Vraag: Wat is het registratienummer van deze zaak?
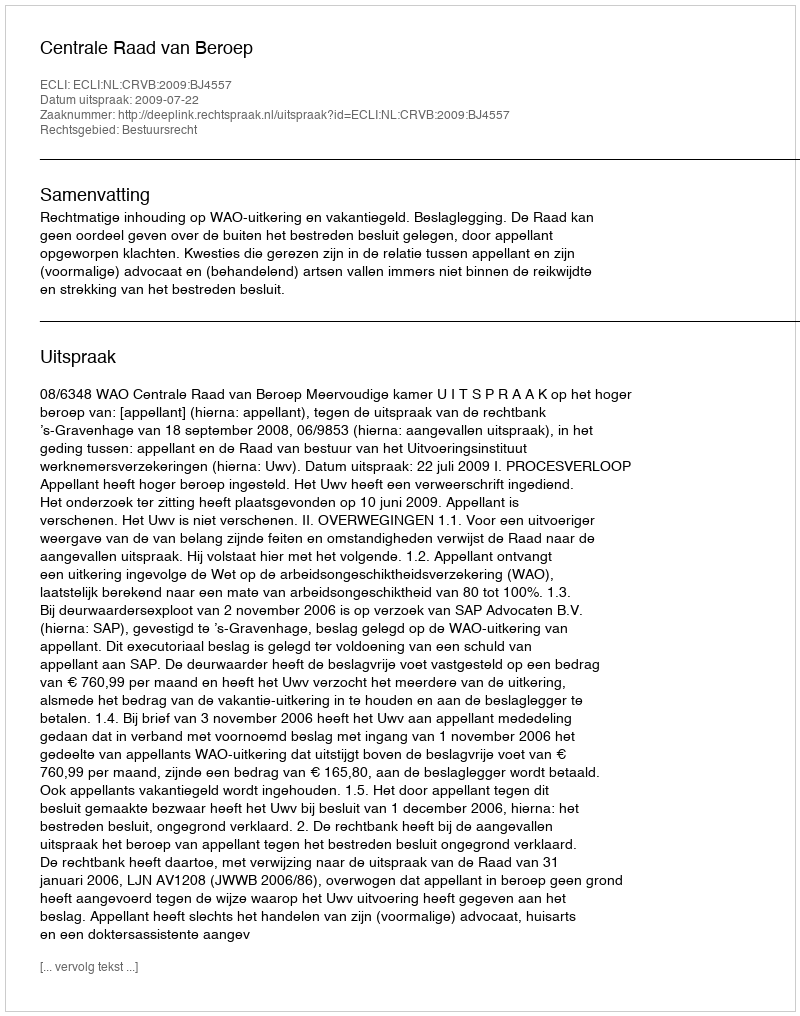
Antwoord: http://deeplink.rechtspraak.nl/uitspraak?id=ECLI:NL:CRVB:2009:BJ4557